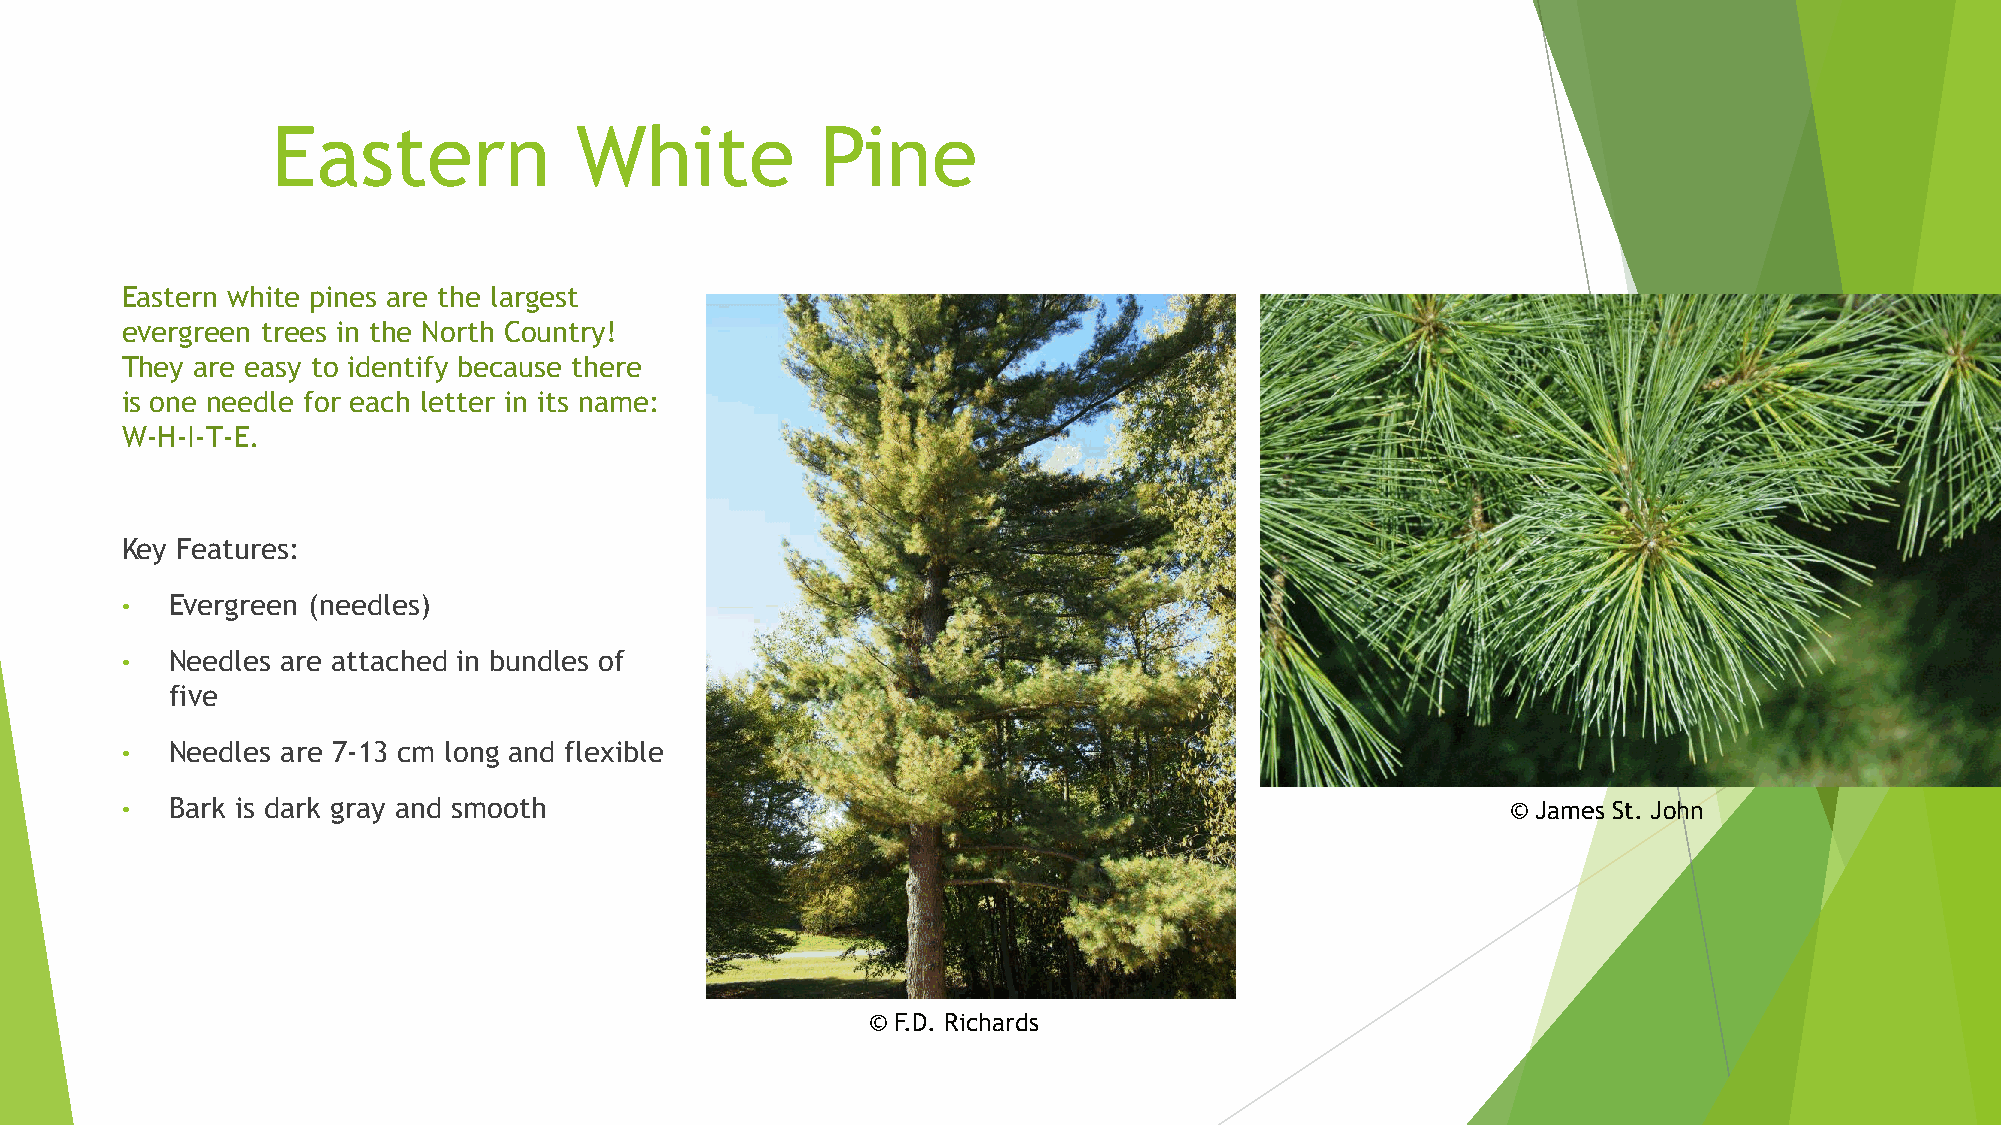
Eastern             White           Pine
 Eastern white pines are the largest
 evergreen trees in the North Country!
 They are easy to identify because there
 is one needle for each letter in its name:
 W-H-I-T-E.
 Key Features:
 •  Evergreen (needles)
 •  Needles are attached in bundles of
 five
 •  Needles are 7-13 cm long and flexible
 •  Bark is dark gray and smooth                                                             © James St. John
 © F.D. Richards